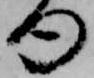
句